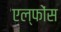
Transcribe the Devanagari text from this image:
एल्फोंस